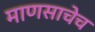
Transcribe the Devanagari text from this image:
माणसाचेच